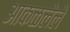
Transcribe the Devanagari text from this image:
आकळलेले